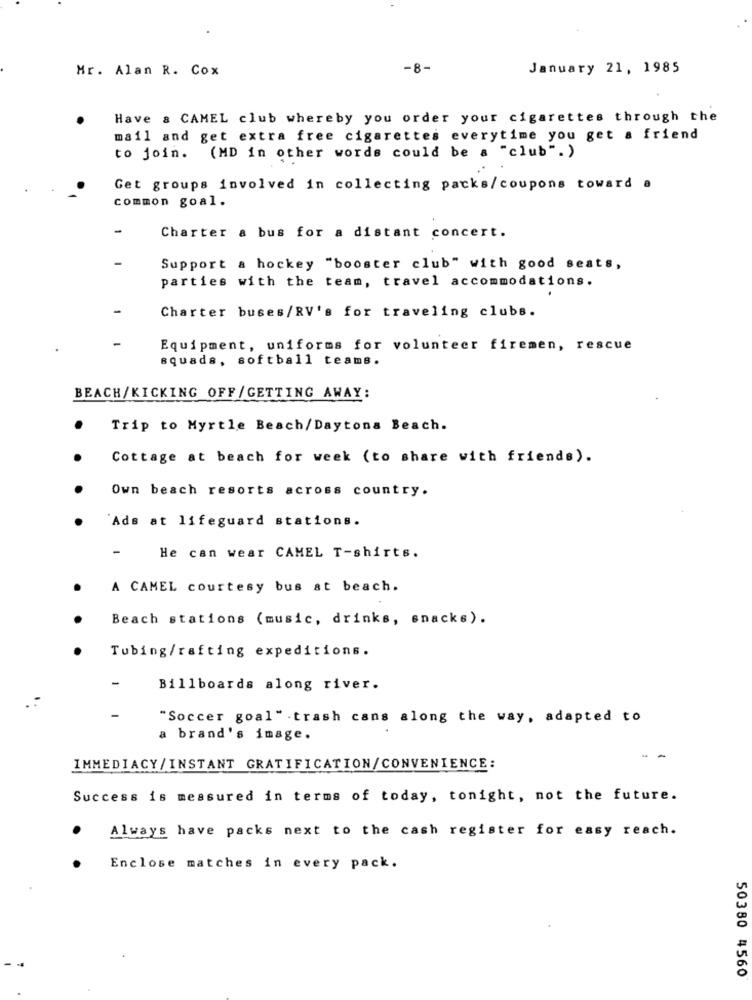
Mr. Alan R. Cox
-8-
January 21, 1985
Have & CAMEL club whereby you order your cigarettes through the
mail and get extra free cigarettes everytime you get a friend
to join. (MD in other words could be a "club". )
Get groups involved in collecting packs/coupons toward a
common goal.
Charter & bus for a distant concert.
Support & hockey "booster club" with good seats,
parties with the team, travel accommodations.
Charter buses/RV's for traveling clubs.
Equipment, uniforms for volunteer firemen, rescue
squads, softball teams.
BEACH/KICKING OFF/GETTING AWAY:
Trip to Myrtle Beach/Daytona Beach.
Cottage at beach for week (to share with friends).
Own beach resorts across country.
Ads at lifeguard stations.
He can wear CAMEL T-shirts.
A CAMEL courtesy bus at beach.
Beach stations (music, drinks, snacks).
Tubing/rafting expeditions.
-
Billboards along river.
-
"Soccer goal" trash cans along the way, adapted to
a brand's image.
- -
IMMEDIACY/INSTANT GRATIFICATION/CONVENIENCE:
Success is measured in terms of today, tonight, not the future.
Always have packs next to the cash register for easy reach.
Enclose matches in every pack.
50380 4560